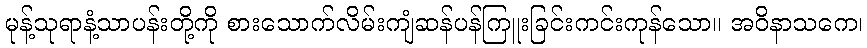
မုန့်သုရာနံ့သာပန်းတို့ကို စားသောက်လိမ်းကျံဆန်ပန်ကြူးခြင်းကင်းကုန်သော။ အဝိနာသကေ၊